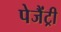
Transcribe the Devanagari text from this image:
पेजैंट्री